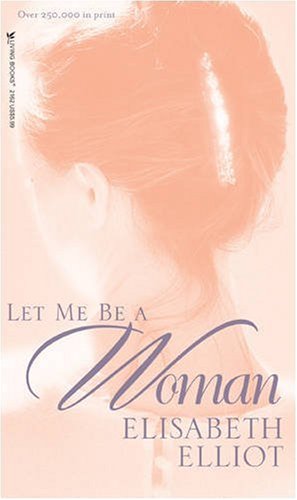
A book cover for Let Me Be a Woman; Elisabeth Elliot; Christian Books & Bibles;